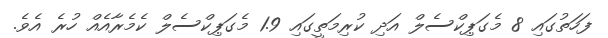
ފަހަތުގައި 8 މެގަޕިކްސެލް އަދި ކުރިމަތީގައި 1.9 މެގަޕިކްސެލް ކެމެރާއެއް ހުރެ އެވެ.